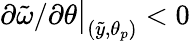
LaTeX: \partial\tilde{\omega}/\partial\theta\big|_{(\tilde{y},\theta_{p})}<0